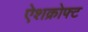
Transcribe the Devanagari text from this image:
ऐशक्रोफ्ट